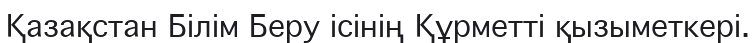
Қазақстан Білім Беру ісінің Құрметті қызыметкері.